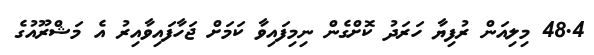
48.4 މިލިއަން ރުފިޔާ ހަރަދު ކޮށްގެން ނިމިފައިވާ ކަމަށް ޖަހާފައިވާއިރު އެ މަޝްރޫއުގެ